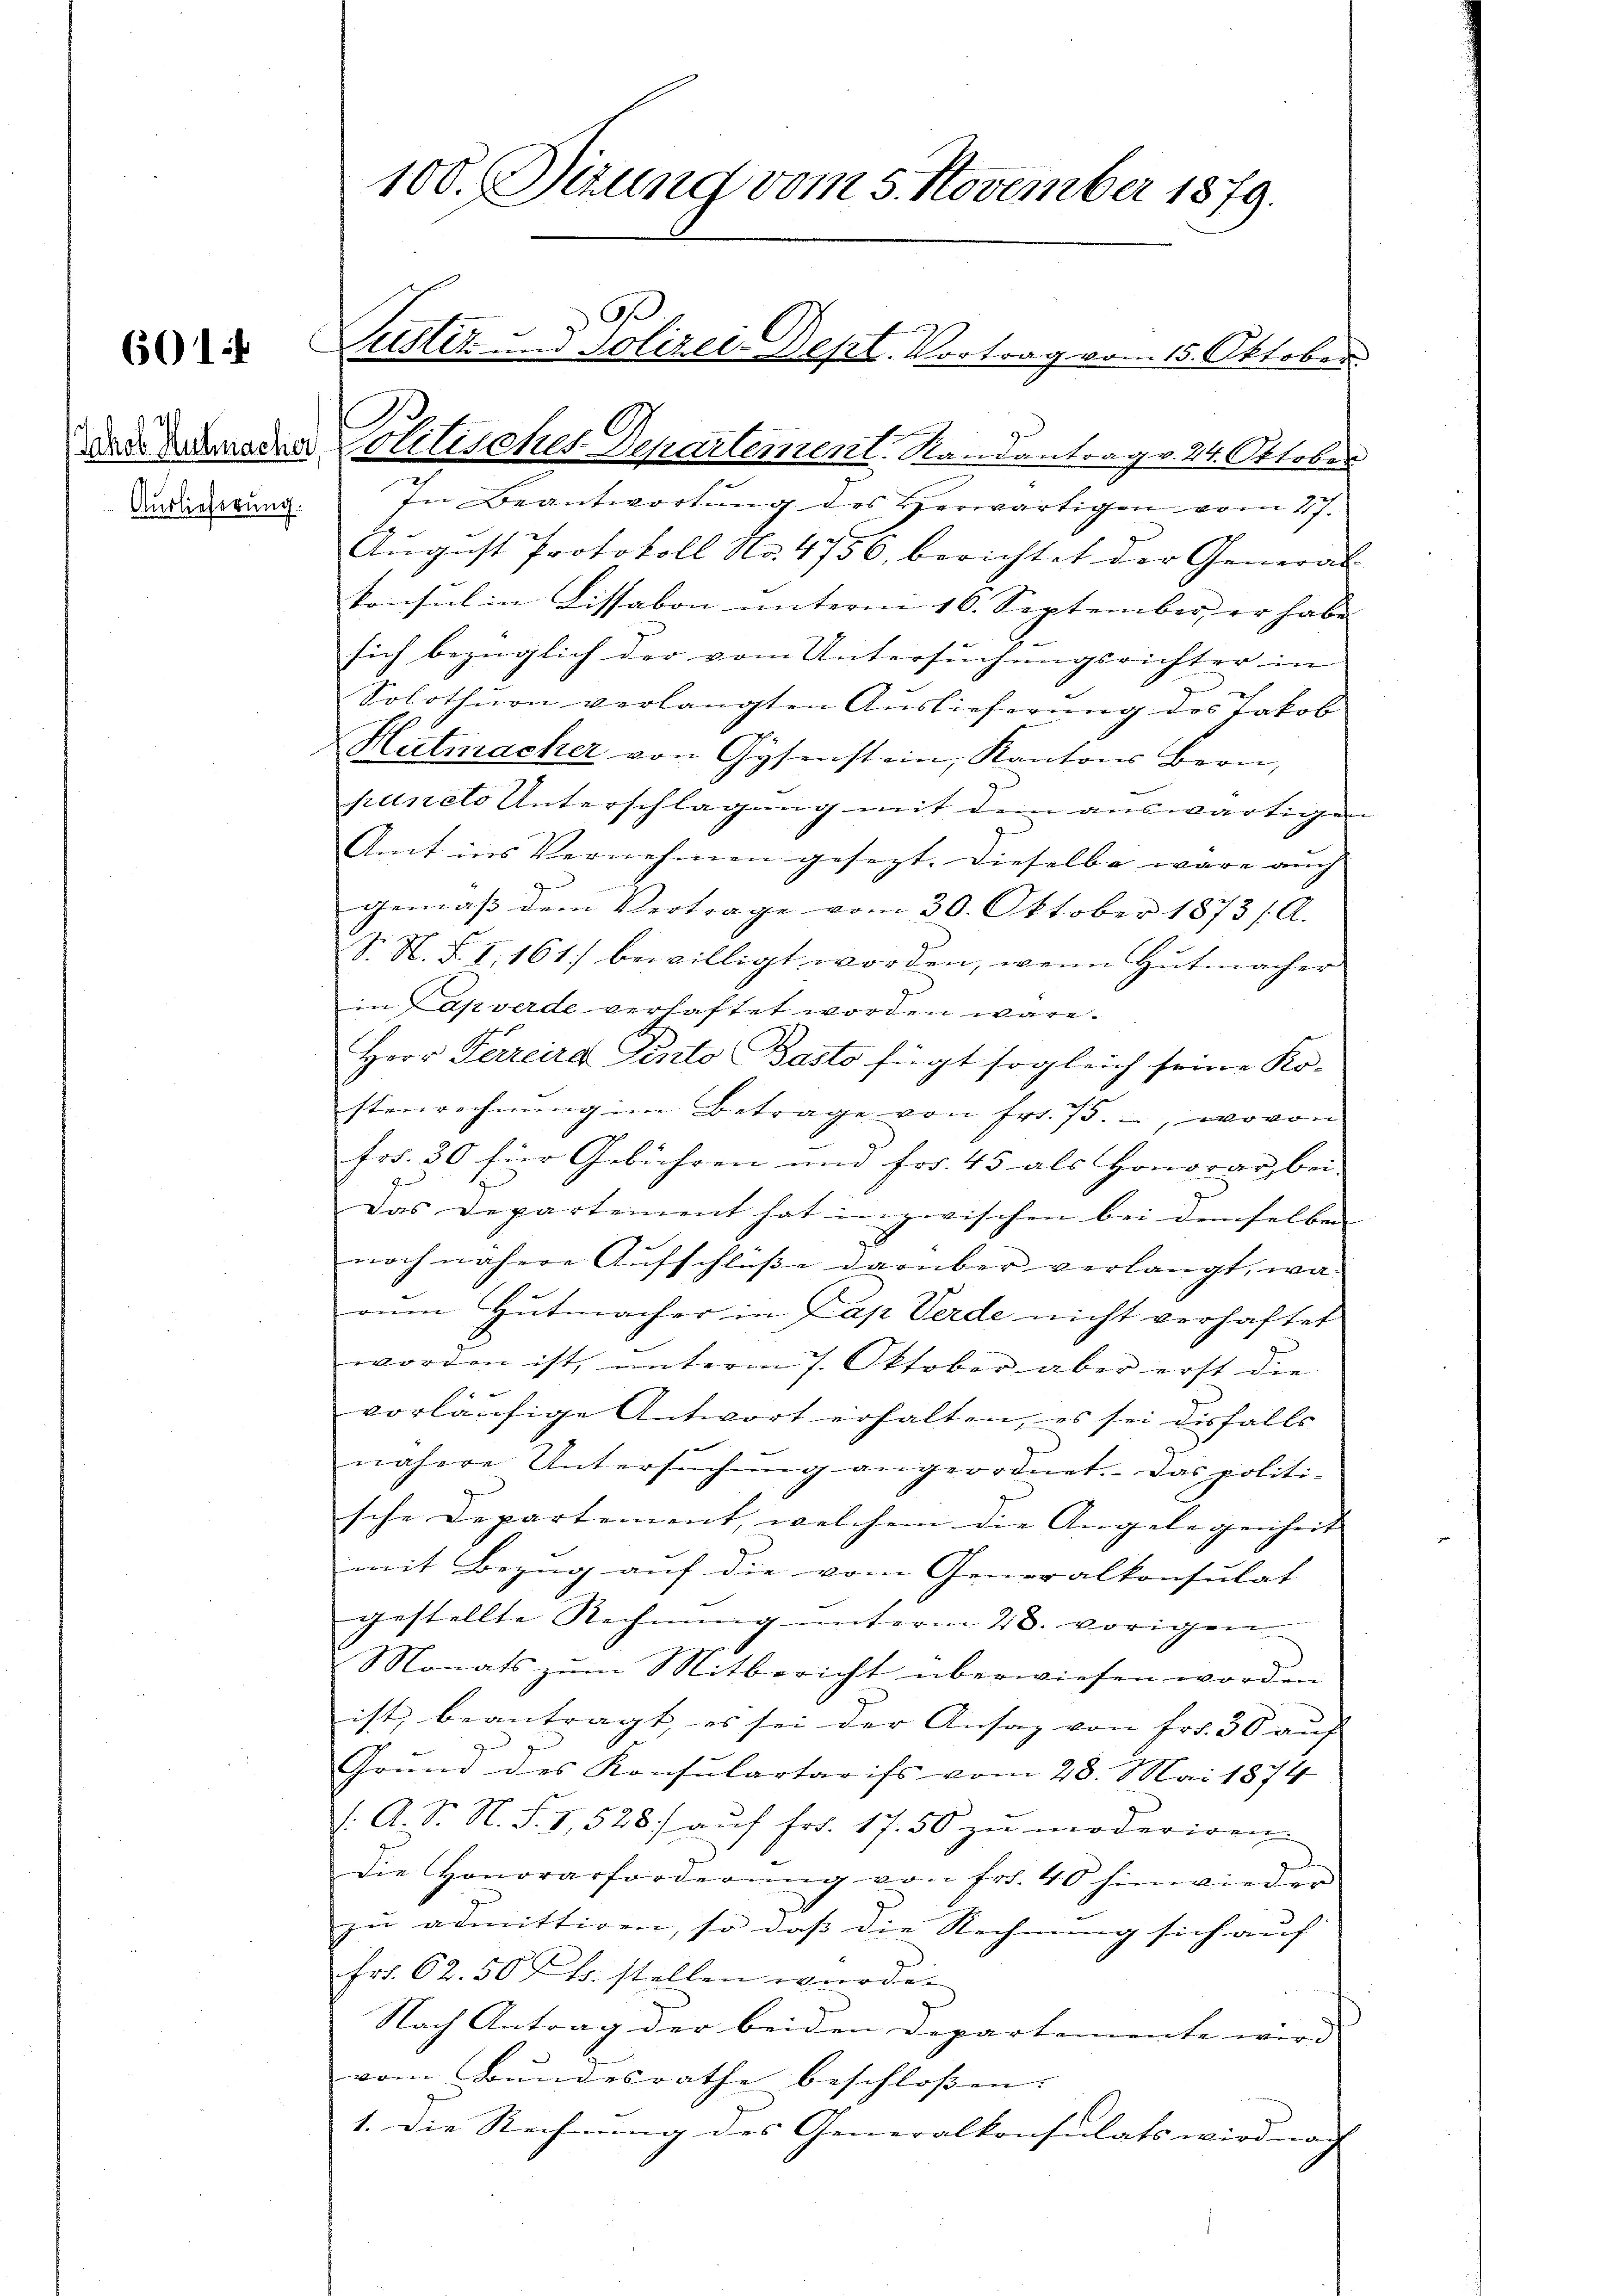
601

Auslieferung.

fe Beantwortung des Herwärtigen vom 27.
August Protokoll No. 4756, berichtet der General-
konsul in Lissabon unterm 16. September er habe
sich bezüglich der vom Untersuchungsrichter in
Solothurn verlangten Auslieferung des Jakob
Hutmacher von Gysenstein, Kantons Bern,
puncts Unterschlagung mit dem auswärtigen
Amt ins Vernehmen gesezt. Dieselbe wäre auch
9
gemäβ dem Vertrage vom 30. Oktober 1873/A.
S. N. F. I, 161 bewilligt worden, wenn Gutmacher
in Lapverde verhaftet worden wäre.
Herr Ferreira Sento Pasto fügt sogleich seine Ko-
stenrechnŭng im Betrage von Fr. 75., wovon
Frs. 30 für Gebühren und Frs. 45 als Honorar, bei-
Das Departement hat inzwischen bei demselben
noch nähere Aufschlüße darüber verlangt, warŭm Hutmacher in Lap Verde nicht verhaftet
worden ist, unterm 7. Oktober aber erst die
vorläufige Antwort erhalten, es sei disfalls
nähere Untersŭchŭng angeordnet. Das politi-
sche Departement, welchem die Angelegenheit
mit Bezug auf die vom Generalkonsulat
gestellte Rechnung unterm 28. vorigen
Monats zum Mitbericht überwiesen worden
ist beantragt, es sei der Ansaz von Fr. 30 auf
Grŭnd des Konsulartarifs vom 28. Mai 1874
/. A. Dr. N. S. 8, 528) auf Fr. 17. 50 zu moderiren.
die Honorarforderŭng von fr. 40 hinwieder
zu admittiren, so daß die Rechnung sich auf
Fr. 62. 50 Cts. stellen wurde.
Nach Antrag der beiden Departemente wird
vom Bundesrathe beschlossen:
1. Die Rechnung des Generalkonsulats wird nach |

C
Justiz- und Polizei-Dept. Vortrag vom 15. Oktober
a Amaden Politisches Departement. Randantrag v. 24. Oktober

100. Situng vom 5. November 1879.